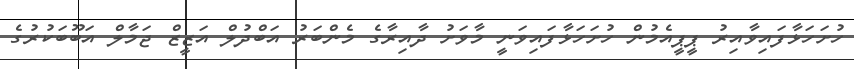
ހުށަހަޅާފައިވާއިރު ޕީޕީއެމުން ހުށަހަޅާފައިވަނީ މާވަށު ދާއިރާގެ މެންބަރު އަބްދުލް އަޒީޒް ޖަމާލް އަބޫބަކުރުގެ